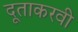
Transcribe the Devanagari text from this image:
दूताकरवी